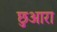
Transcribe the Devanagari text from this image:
छुआरा